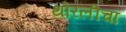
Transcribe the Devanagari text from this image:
थोरलीचा